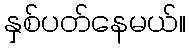
နှစ်ပတ်နေမယ်။